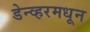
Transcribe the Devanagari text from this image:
डेन्व्हरमधून